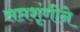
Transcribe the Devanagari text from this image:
सप्तशृंगीने